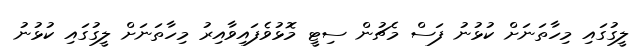
ލީގުގައި މިހާތަނަށް ކުޅުނު ފަސް މެޗުން ސިޓީ މޮޅުވެފައިވާއިރު މިހާތަނަށް ލީގުގައި ކުޅުނު